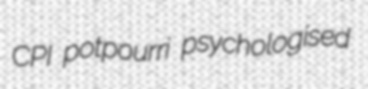
CPI potpourri psychologised